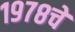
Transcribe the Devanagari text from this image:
१९७८चे